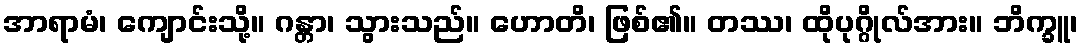
အာရာမံ၊ ကျောင်းသို့။ ဂန္တာ၊ သွားသည်။ ဟောတိ၊ ဖြစ်၏။ တဿ၊ ထိုပုဂ္ဂိုလ်အား။ ဘိက္ခူ၊